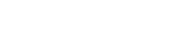
ပေးအပ်သွားမည်